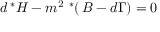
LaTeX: d \, ^ { * } H - m ^ { 2 } \ ^ { * } ( \, B - d \Gamma ) = 0